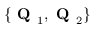
\{ \textbf { Q } _ { 1 } , \textbf { Q } _ { 2 } \}